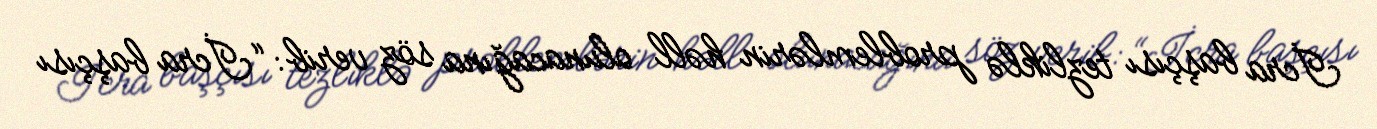
İcra başçısı tezliklə problemlərin həll olunacağına söz verib: “İcra başçısı